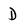
Character: D